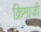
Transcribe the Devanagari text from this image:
क्रिमाजी